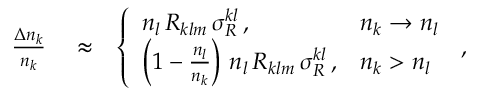
\begin{array} { r l r } { \frac { \Delta n _ { k } } { n _ { k } } } & { { } \approx } & { \left\{ \begin{array} { l l } { n _ { l } \, { \cal R } _ { k l m } \, \sigma _ { R } ^ { k l } \, , } & { n _ { k } \rightarrow n _ { l } } \\ { \left( 1 - \frac { n _ { l } } { n _ { k } } \right) \, n _ { l } \, { \cal R } _ { k l m } \, \sigma _ { R } ^ { k l } \, , } & { n _ { k } > n _ { l } } \end{array} \right. \, , } \end{array}